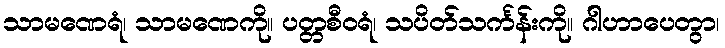
သာမဏေရံ၊ သာမဏေကို။ ပတ္တစီဝရံ၊ သပိတ်သင်္ကန်းကို။ ဂါဟာပေတွာ၊